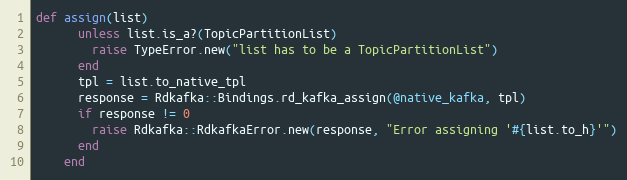
Language: Ruby
def assign(list)
      unless list.is_a?(TopicPartitionList)
        raise TypeError.new("list has to be a TopicPartitionList")
      end
      tpl = list.to_native_tpl
      response = Rdkafka::Bindings.rd_kafka_assign(@native_kafka, tpl)
      if response != 0
        raise Rdkafka::RdkafkaError.new(response, "Error assigning '#{list.to_h}'")
      end
    end